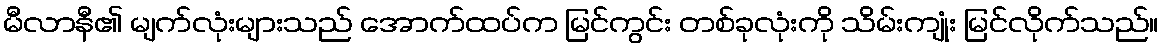
မီလာနီ၏ မျက်လုံးများသည် အောက်ထပ်က မြင်ကွင်း တစ်ခုလုံးကို သိမ်းကျုံး မြင်လိုက်သည်။